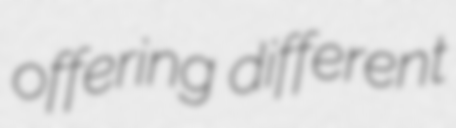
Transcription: offering different